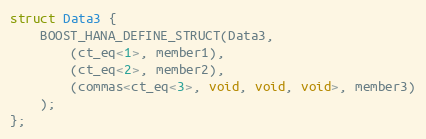
Language: C++
struct Data3 {
    BOOST_HANA_DEFINE_STRUCT(Data3,
        (ct_eq<1>, member1),
        (ct_eq<2>, member2),
        (commas<ct_eq<3>, void, void, void>, member3)
    );
};